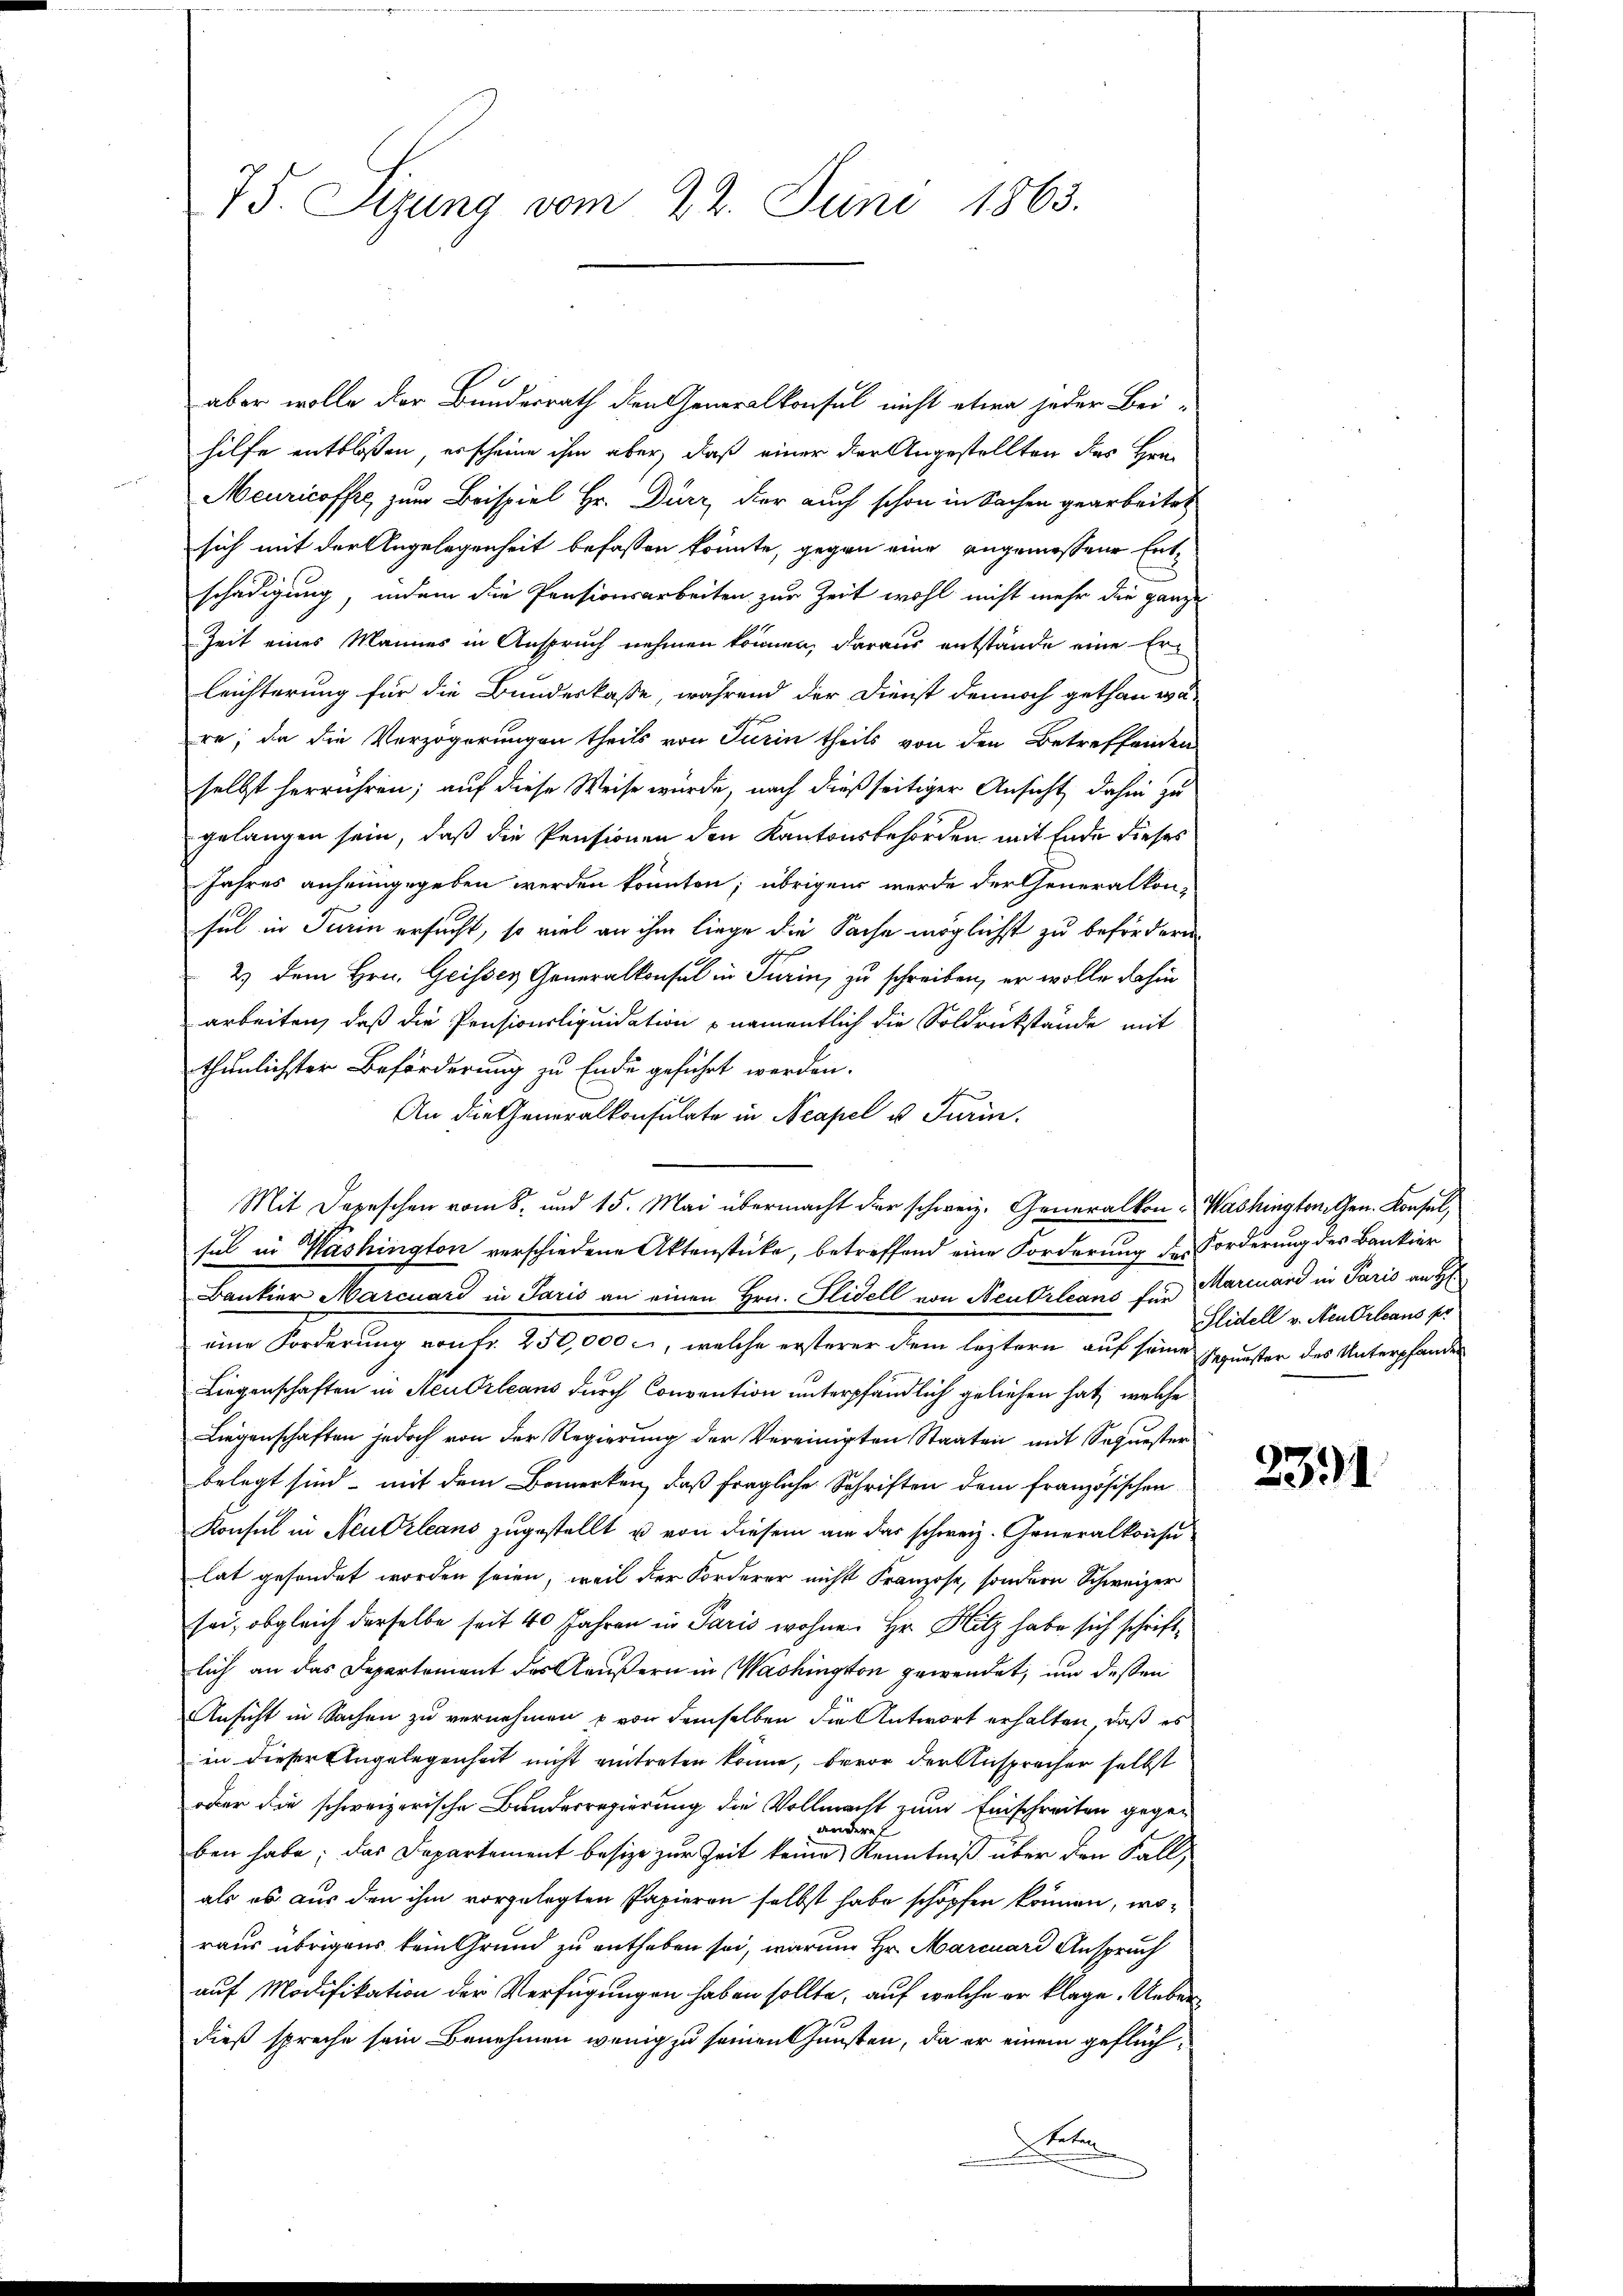
75. Sizung vom 22. Juni 1863.

aber wolle der Bundesrath den Generalkonsul nicht etwa jeder Bei-
hilfe entblossen, erscheine ihm aber, daß einer der Angestellten des Hrn
Meuricoffe, zum Beispiel Hr. Dürz, der auch schon in Sachen gearbeitet
sich mit der Angelegenheit befassen könnte, gegen eine angemessene Entschädigung, indem die Pensionsarbeiten zur Zeit wohl nicht mehr die ganze
Zeit eines Mannes in Anspruch nehmen können, daraus entstände eine Erleichterung für die Bundeskasse, während der Dienst dennoch gethan wäre; da die Verzögerungen theils von Turin theils von den Betreffenden
selbst herrühren; auf diese Weise wurde, nach dießseitiger Ansicht dahin zu
gelangen sein, daß die Pensionen den Kantonsbehörden mit Ende dieses
Jahres anheimgegeben werden könnten; übrigen werde der Generalkon-
sel in Turin ersucht, so viel an ihm liege die Sache möglichst zu befördern
2) dem Hrn. Geisses Generalkonsul in Turin, zu schreiben, er wolle dahin
arbeiten, daß die Pensionsliquidation namentlich die Soldrückstände mit
thunlichster Beförderung zu Ende geführt werden.
s
An die Generalkonsulate in Neapel u. Turin.
Mit Depeschen vom 8. und 15. Mai übermacht der schweiz. Generalkon - Washington Gen. Konsul,
sel in Washington verschiedene Aktenstücke, betreffend eine Forderung des Forderung des Bankier
Bankier Marcuard in Paris an einen Hrn. Fidell von Neubrleans für Marcuard in Paris an H
eine Forderung von Fr. 250,000 c., welche ersterer dem leztern auf seine Reuester des Unterpfander
Liegenschaften in Neu Orleans durch Convention unterpfändlich geliehen hat, welche
Liegenschaften jedoch von der Regierung der Vereinigten Staaten mit Sequesterbelegt sind, mit dem Bemerken, daß fragliche Schriften dem französischen
Konsul in Neubrleans zugestellt u von diesem am das schweiz. Generalkonsulat gesondet worden seien, weil der Forderer nicht Franzose, sondern Schweizer
sei, obgleich derselbe seit 40 Jahren in Paris wohnen Hr. Hitz habe sich schriftlich an das Departement des äußern in Washington gewendet, um deßen
Ansicht in Sachen zu vernehmen u von demselben die Antwort erhalten, daß es
in dieser Engelegenheit nicht eintreten könne, bevor der Ansprecher selbst
ober die schweizerische Bundesregierung die Vollmacht zum Einschreiten gegeandere
ben habe; das Departement besize zur Zeit keine Kenntniß über den Fall,
als es aus den ihm vorgelegten Papieren selbst habe schöpfen können, woraus übrigens kein Grund zu entheben sei, warum Hr. Marcuard Anspruch
auf Modifikation der Verfügungen haben sollte, auf welche er klage. Ueberdieß spreche sein Benehmen wenig zu seinen Gunsten, da er einem geflüchet

Slidell v. Neu Orleans per

2391